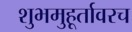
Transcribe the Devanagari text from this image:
शुभमुहूर्तावरच